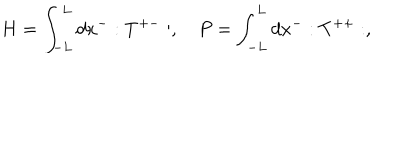
H = \int _ { - L } ^ { L } d x ^ { - } : T ^ { + - } : , \quad P = \int _ { - L } ^ { L } d x ^ { - } : T ^ { + + } : ,